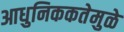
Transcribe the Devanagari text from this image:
आधुनिककतेमुळे